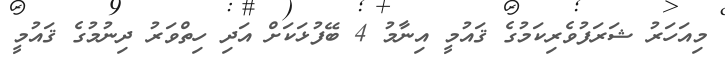
މިއަހަރު ޝަރަފުވެރިކަމުގެ ޤައުމީ އިނާމު 4 ބޭފުޅަކަށް އަދި ހިތްވަރު ދިނުމުގެ ޤައުމީ